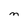
Character: M